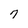
Character: 7